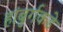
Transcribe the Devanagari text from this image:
हांबुर्गकडे